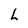
Character: L